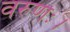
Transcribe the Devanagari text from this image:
वरुणः।